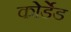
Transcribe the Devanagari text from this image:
कोर्डेड